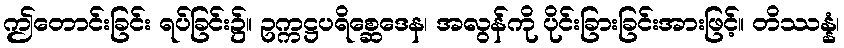
ဤတောင်းခြင်း ရပ်ခြင်း၌။ ဥက္ကဋ္ဌပရိစ္ဆေဒေန၊ အလွန်ကို ပိုင်းခြားခြင်းအားဖြင့်။ တိဿန္နံ၊